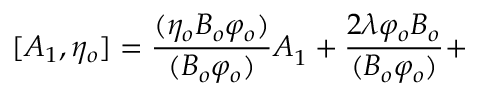
\lbrack A _ { 1 } , \eta _ { o } ] = \frac { ( \eta _ { o } B _ { o } \varphi _ { o } ) } { ( B _ { o } \varphi _ { o } ) } A _ { 1 } ^ { { } } + \frac { 2 \lambda \varphi _ { o } B _ { o } } { ( B _ { o } \varphi _ { o } ) } +